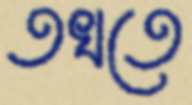
তখতে